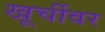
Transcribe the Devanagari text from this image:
खूर्चीवर